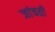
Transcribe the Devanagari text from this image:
जांचती